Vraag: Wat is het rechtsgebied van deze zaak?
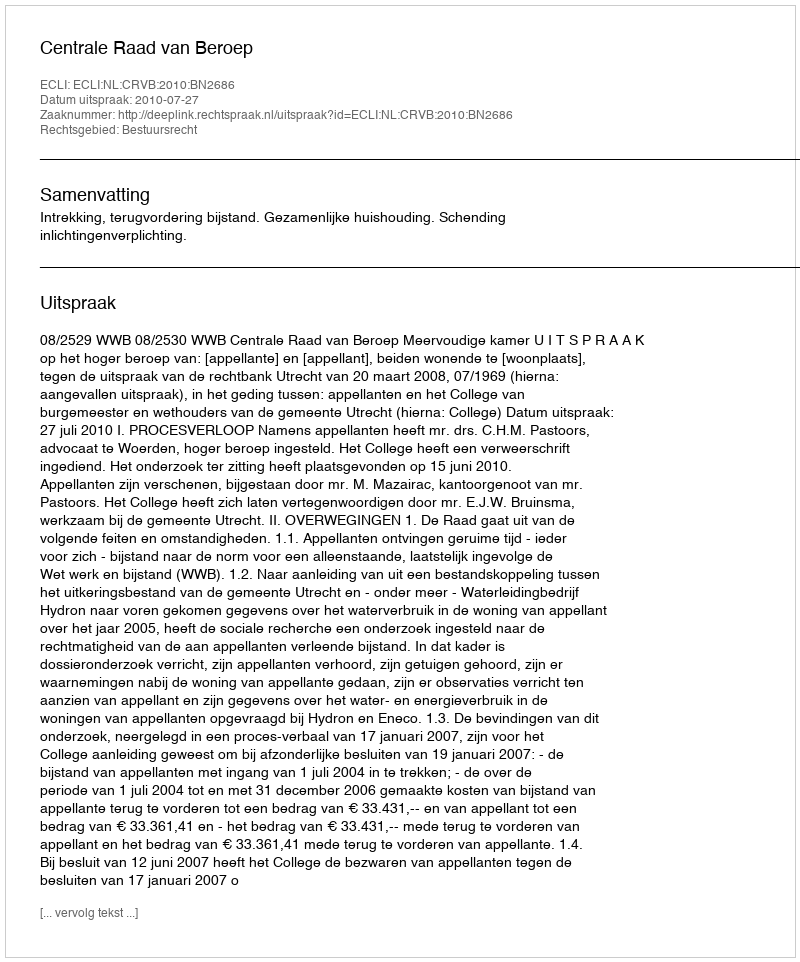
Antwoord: Bestuursrecht